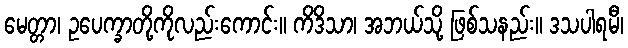
မေတ္တာ၊ ဥပေက္ခာတို့ကိုလည်းကောင်း။ ကိဒိသာ၊ အဘယ်သို့ ဖြစ်သနည်း။ ဒသပါရမီ၊